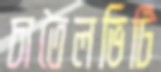
চাতৈলভিটি